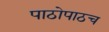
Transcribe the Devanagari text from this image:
पाठोपाठच